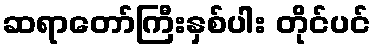
ဆရာတော်ကြီးနှစ်ပါး တိုင်ပင်